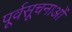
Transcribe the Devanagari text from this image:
पूर्वसूचनाओं